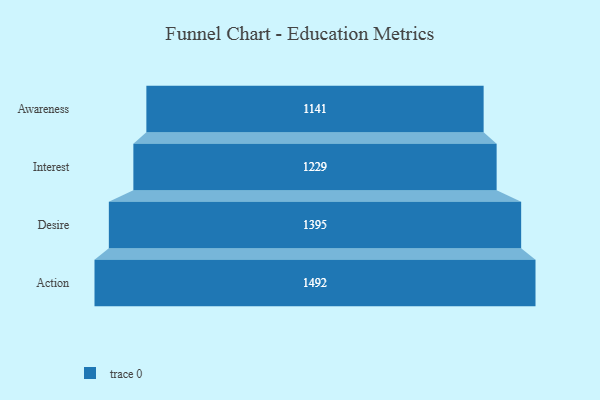
{"axis": {"x": "Stage", "y": "Value"}, "legend": [""], "data": [{"x": "Awareness", "y": 1141.0, "type": ""}, {"x": "Interest", "y": 1229.0, "type": ""}, {"x": "Desire", "y": 1395.0, "type": ""}, {"x": "Action", "y": 1492.0, "type": ""}]}